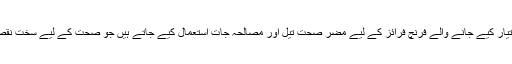
بازار میں تیار کیے جانے والے فرنچ فرائز کے لیے مضر صحت تیل اور مصالحہ جات استعمال کیے جاتے ہیں جو صحت کے لیے سخت نقصان دہ ہیں۔